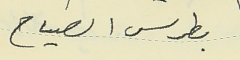
بطرس الصياح